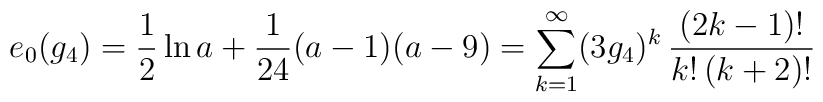
e_0(g_4)=\frac{1}{2} \ln a + \frac{1}{24} (a-1)(a-9)=\sum_{k=1}^{\infty} (3g_4)^k\, \frac{(2k-1)!}{k!\,(k+2)!}